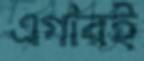
এগারই